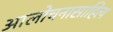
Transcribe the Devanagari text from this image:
आलोचनासाहित्य